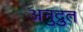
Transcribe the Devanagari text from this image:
अनुद्रुत